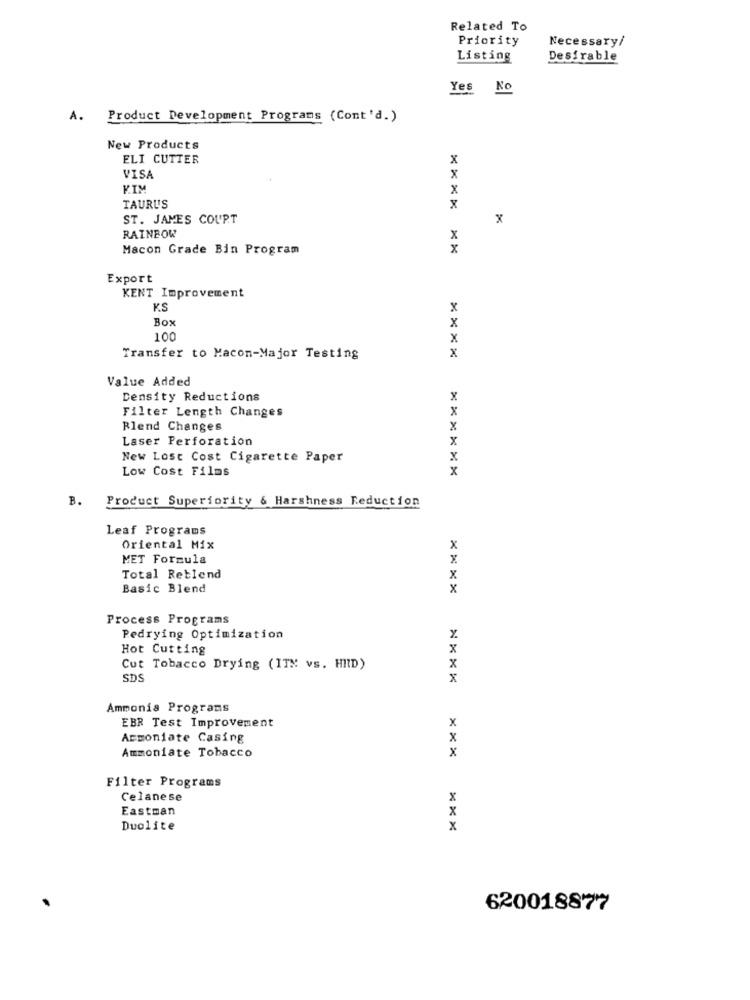
Related To
Priority
Necessary/
Listing
Desirable
Yes No
Product Development Programs (Cont'd.)
New Products
ELI CUTTER
VISA
X
KIM
x
TAURUS
x
ST. JAMES COURT
x
RAINBOW
x
Macon Grade Bin Program
x
Export
KENT Improvement
K.S
x
Box
100
x
x
Transfer to Macon-Major Testing
Value Added
Density Reductions
x
Filter Length Changes
X
Blend Changes
x
Laser Perforation
x
New Lost Cost Cigarette Paper
Low Cost Films
B.
Product Superiority & Harshness Reduction
Leaf Programs
Oriental Mix
x
MET Formula
X
Total Retlend
x
Basic Blend
x
Process Programs
Pedrying Optimization
Hot Cutting
x
X
Cut Tobacco Drying (ITM vs. HIID)
SD
x
Ammonia Programs
EBR Test Improvement
x
Armoniate Casing
x
Ammoniate Tobacco
x
Filter Programs
Celanese
Eastman
x
Duolite
x
620018877